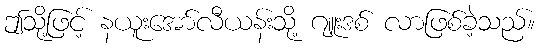
ဤသို့ဖြင့် နယူးအော်လီယန်းသို့ ဂျူးဒစ် လာဖြစ်ခဲ့သည်။